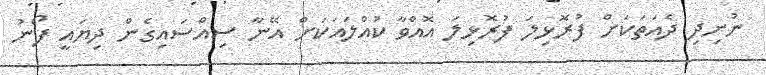
ނުނިދި ދެއަތަކަށް ފުރޮޅިލަ ފުރޮޅިލަ އޮއްވާ ކުއްލައަކަށް އޭނާ ސިއްސައިގެން ދިޔައީ ފޯނު